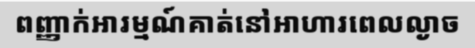
ពញ្ញាក់អារម្មណ៍គាត់នៅអាហារពេលល្ងាច